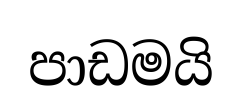
පාඩමයි